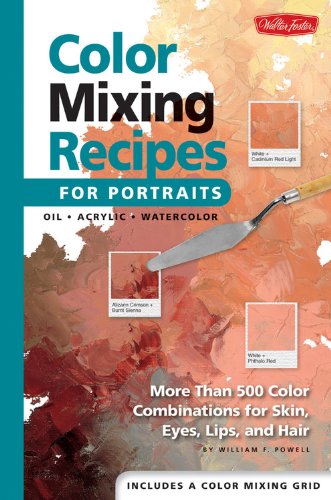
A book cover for Color Mixing Recipes for Portraits: More than 500 Color Combinations for Skin, Eyes, Lips & Hair; William F Powell; Arts & Photography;